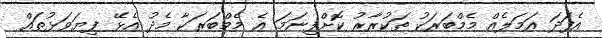
އެފަދަ އަމަލެއް މެމްބަރަކު ތަކުރާރު ކޮށްފިނަމަ އެ މެމްބަރަކާ މެދު އެޅޭ ފިޔަވަޅުތައް